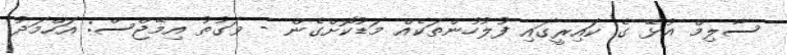
ސާލިމް އުޅޭ ގެ ކައިރީގައި ފުލުހުންތަކެއް މަޑުކޮށްގެން - ވަގުތު އިމޭޖްސް: އަހްމަދު